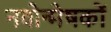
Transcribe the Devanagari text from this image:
नवोन्मेषकों